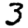
Digit: 3